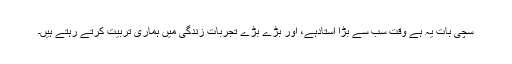
سچی بات یہ ہے وقت سب سے بڑا استادہے، اور بڑے بڑے تجربات زندگی میں ہماری تربیت کرتے رہتے ہیں۔